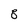
Character: 8